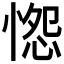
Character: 𭝭